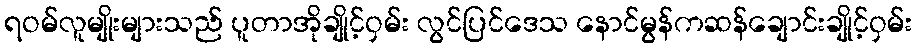
ရဝမ်လူမျိုးများသည် ပူတာအိုချိုင့်ဝှမ်း လွင်ပြင်ဒေသ နောင်မွန်ကဆန်ချောင်းချိုင့်ဝှမ်း